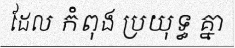
ដែល កំពុង ប្រយុទ្ធ គ្នា